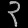
Digit: ၃